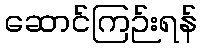
ဆောင်ကြဉ်းရန်